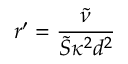
{ r } ^ { \prime } = \frac { \tilde { \nu } } { \tilde { S } \kappa ^ { 2 } d ^ { 2 } }